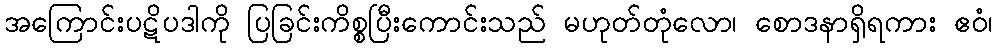
အကြောင်းပဋိပဒါကို ပြခြင်းကိစ္စပြီးကောင်းသည် မဟုတ်တုံလော၊ စောဒနာရှိရကား ဧဝံ၊